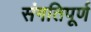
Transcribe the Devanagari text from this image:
संगतिपूर्ण